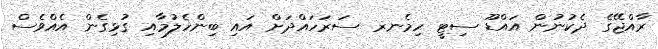
ރާއްޖޭގެ ދެކުނުން އައްޑޫ ސިޓީ ހިމެނޜ ސަރަހައްދަށް އައި ބިންހެލުމާއި ގުޅިގެން އެއްވެސް